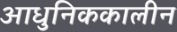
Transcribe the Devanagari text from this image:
आधुनिककालीन